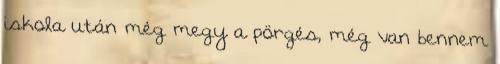
iskola után még megy a pörgés, még van bennem